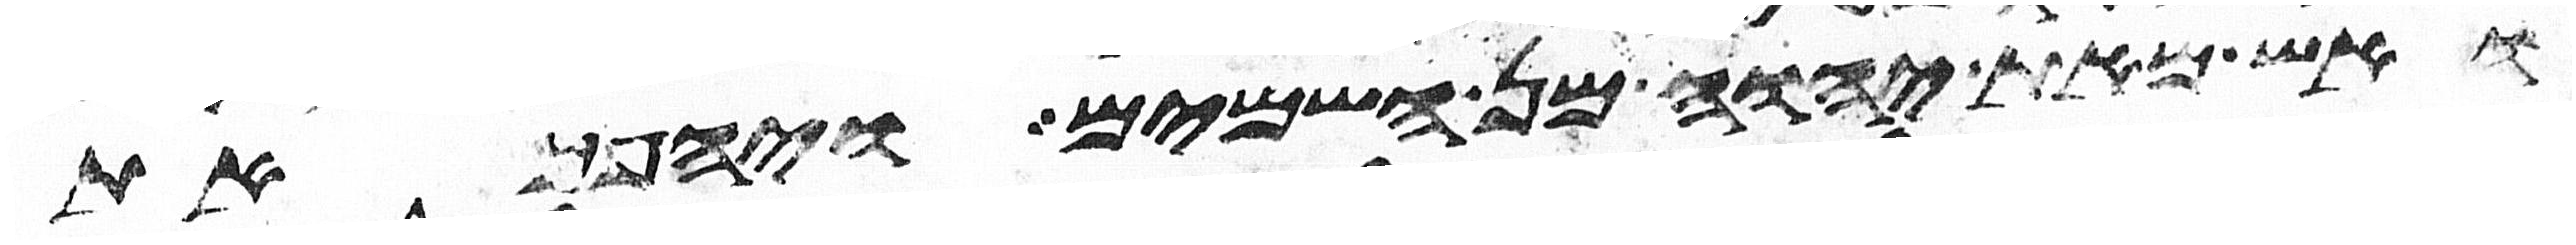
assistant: ואש מאת יהוה מן השמים ויהפך את